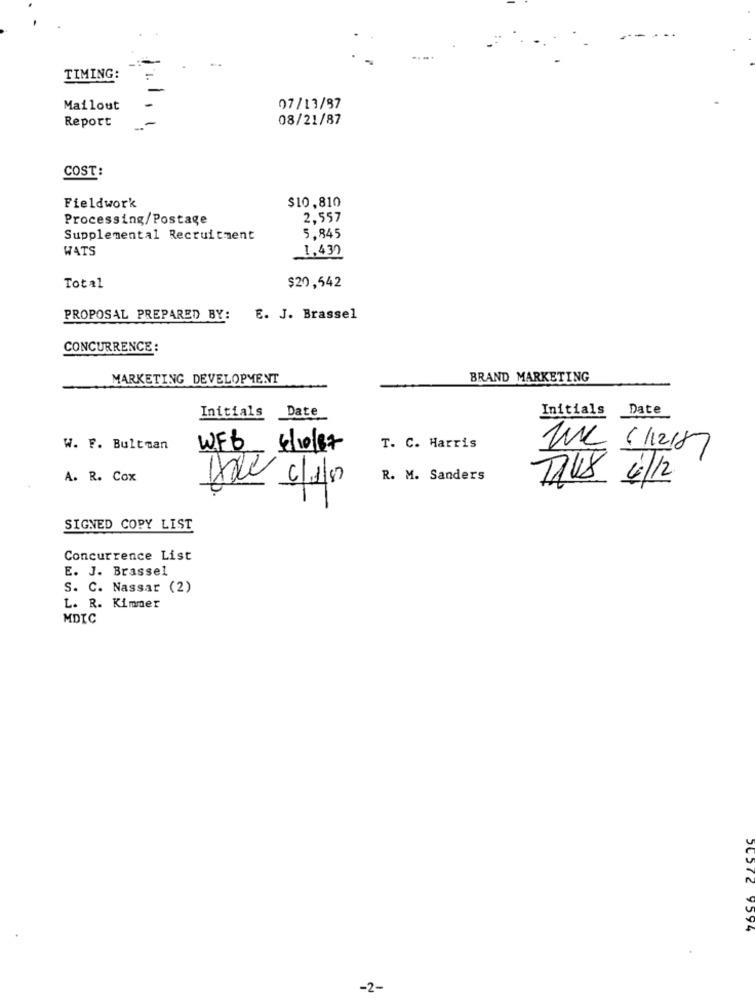
TIMING:
Mailout
07/13/37
Report
08/21/87
COST:
Fieldwork
$10,810
Processing/Postage
2,557
Supplemental Recruitment
5,845
WATS
1,430
$20,542
Total
PROPOSAL PREPARED BY:
E. J. Brassel
CONCURRENCE :
MARKETING DEVELOPMENT
BRAND MARKETING
Initials
Date
Initials
Date
W. F. Bultman
WEB
6/10/87
T. C. Harris
WC 6/12/87
A. R. Cox
R. M. Sanders
TOUS 4/12
SIGNED COPY LIST
Concurrence List
E. J. Brassel
S. C. Nassar (2)
L. R. Kimmer
MDIC
50572 9594
-2-